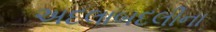
અદલાબદલીના